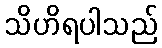
သိဟိရပါသည်